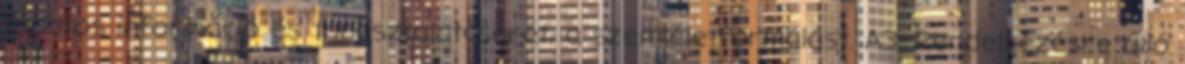
tudatos információ és tapasztalatcserét, a szemléletformálást. A3. Rendelkezésre álló